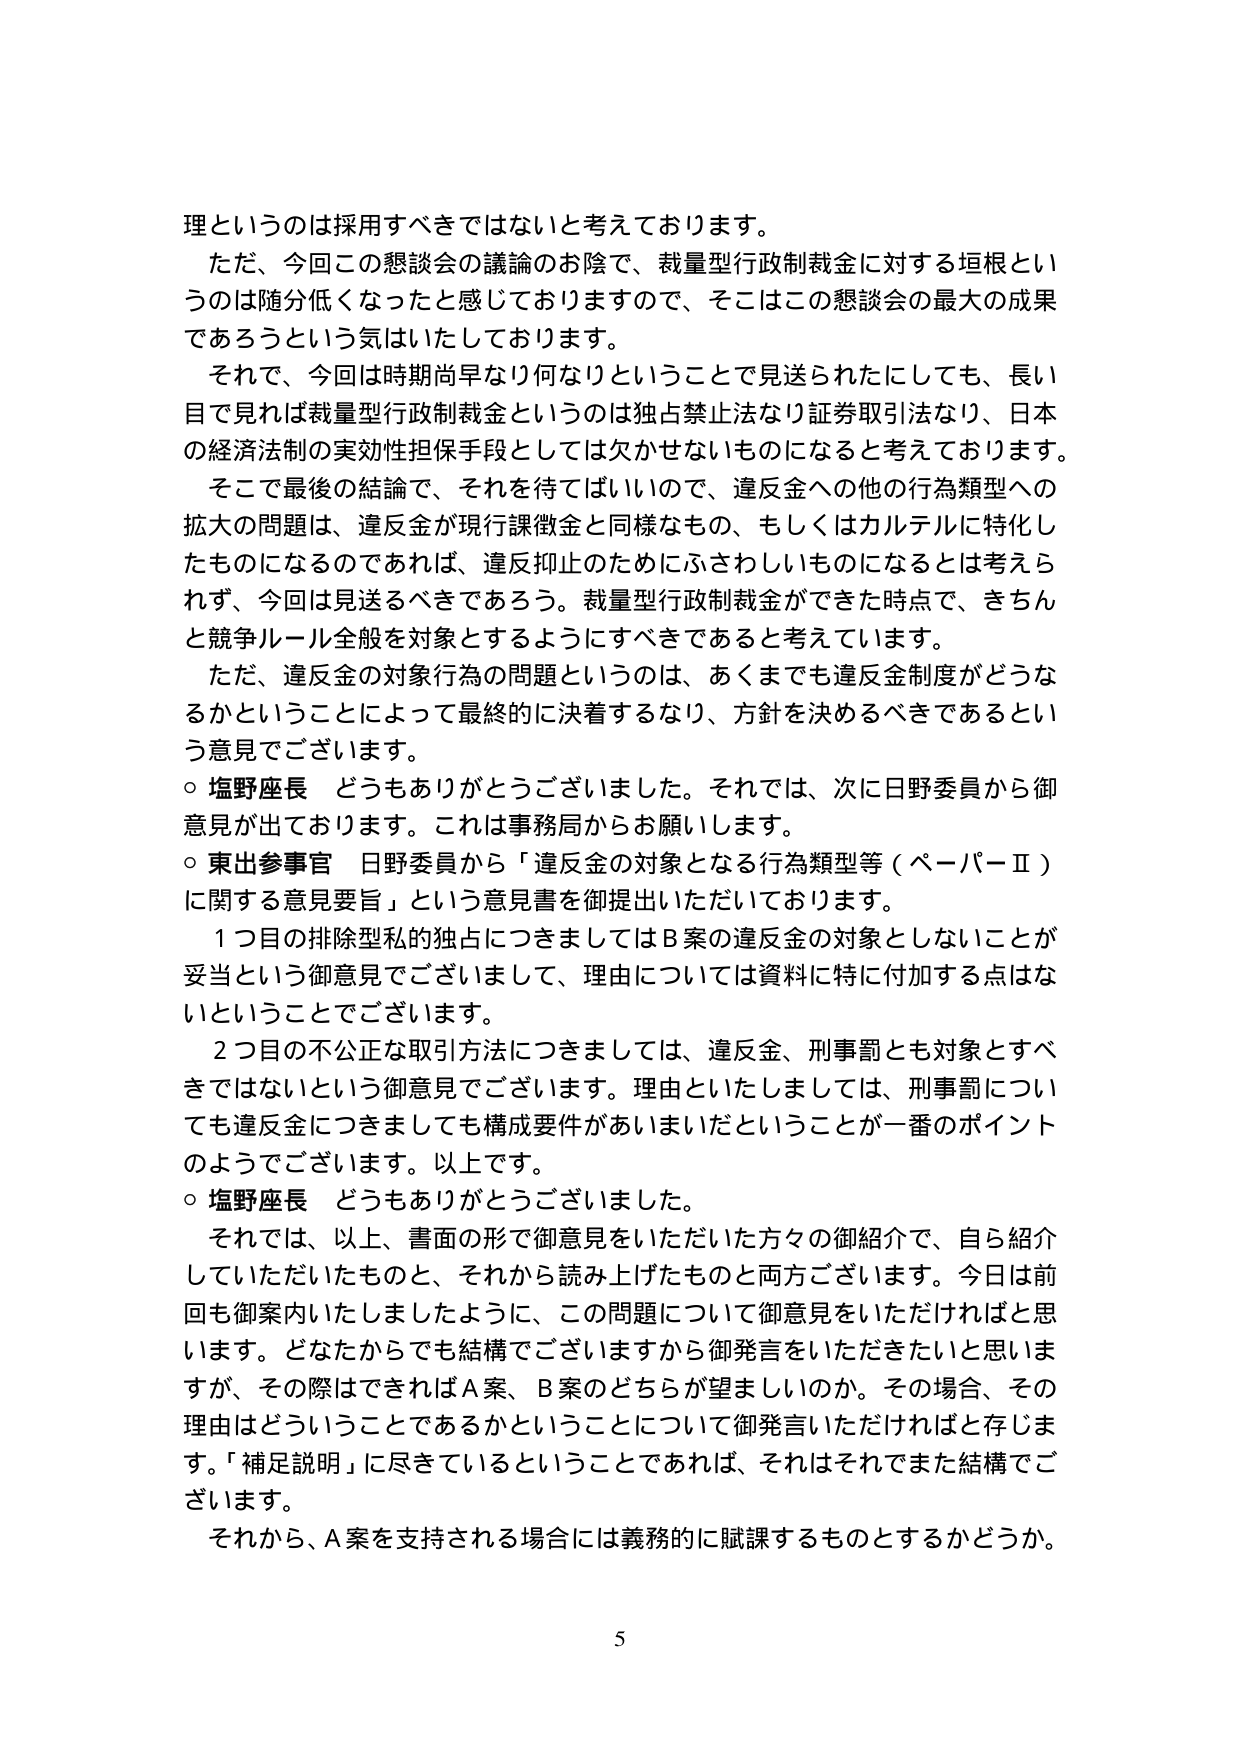
理というのは採用すべきではないと考えております。

ただ、今回この懇談会の議論のお陰で、裁量型行政制裁金に対する垣根というのは随分低くなったと感じておりますので、そこはこの懇談会の最大の成果であろうという気はいたしております。

それで、今回は時期尚早なり何なりということで見送られたにしても、長い目で見れば裁量型行政制裁金というのは独占禁止法なり証券取引法なり、日本の経済法制の実効性担保手段としては欠かせないものになると考えております。

そこで最後の結論で、それを待てばいいので、違反金への他の行為類型への拡大の問題は、違反金が現行課徴金と同様なもの、もしくはカルテルに特化したものになるのであれば、違反抑止のためにふさわしいものになるとは考えられず、今回は見送るべきであろう。裁量型行政制裁金ができた時点で、きちんと競争ルール全般を対象とするようにすべきであると考えています。

ただ、違反金の対象行為の問題というのは、あくまでも違反金制度がどうなるかということによって最終的に決着するなり、方針を決めるべきであるという意見でございます。

○ 塩野座長 どうもありがとうございました。それでは、次に日野委員から御意見が出ております。これは事務局からお願いします。

○ 東出参事官 日野委員から「違反金の対象となる行為類型等（ペーパーⅡ）に関する意見要旨」という意見書を御提出いただいております。

１つ目の排除型私的独占につきましてはＢ案の違反金の対象としないことが妥当という御意見でございまして、理由については資料に特に付加する点はないということでございます。

２つ目の不公正な取引方法につきましては、違反金、刑事罰とも対象とすべきではないという御意見でございます。理由といたしましては、刑事罰についても違反金につきましても構成要件があいまいだということが一番のポイントのようでございます。以上です。

○ 塩野座長 どうもありがとうございました。

それでは、以上、書面の形で御意見をいただいた方々の御紹介で、自ら紹介していただいたものと、それから読み上げたものと両方ございます。今日は前回も御案内いたしましたように、この問題について御意見をいただければと思います。どなたからでも結構でございますから御発言をいただきたいと思いますが、その際はできればＡ案、Ｂ案のどちらが望ましいのか。その場合、その理由はどういうことであるかということについて御発言いただければと存じます。「補足説明」に尽きているということであれば、それはそれでまた結構でございます。

それから、Ａ案を支持される場合には義務的に賦課するものとするかどうか。

5